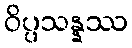
ဝိပ္ပသန္နဿ